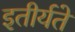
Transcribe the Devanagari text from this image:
इतीर्यते